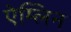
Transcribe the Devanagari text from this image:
ऐम्लिन